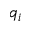
q _ { i }